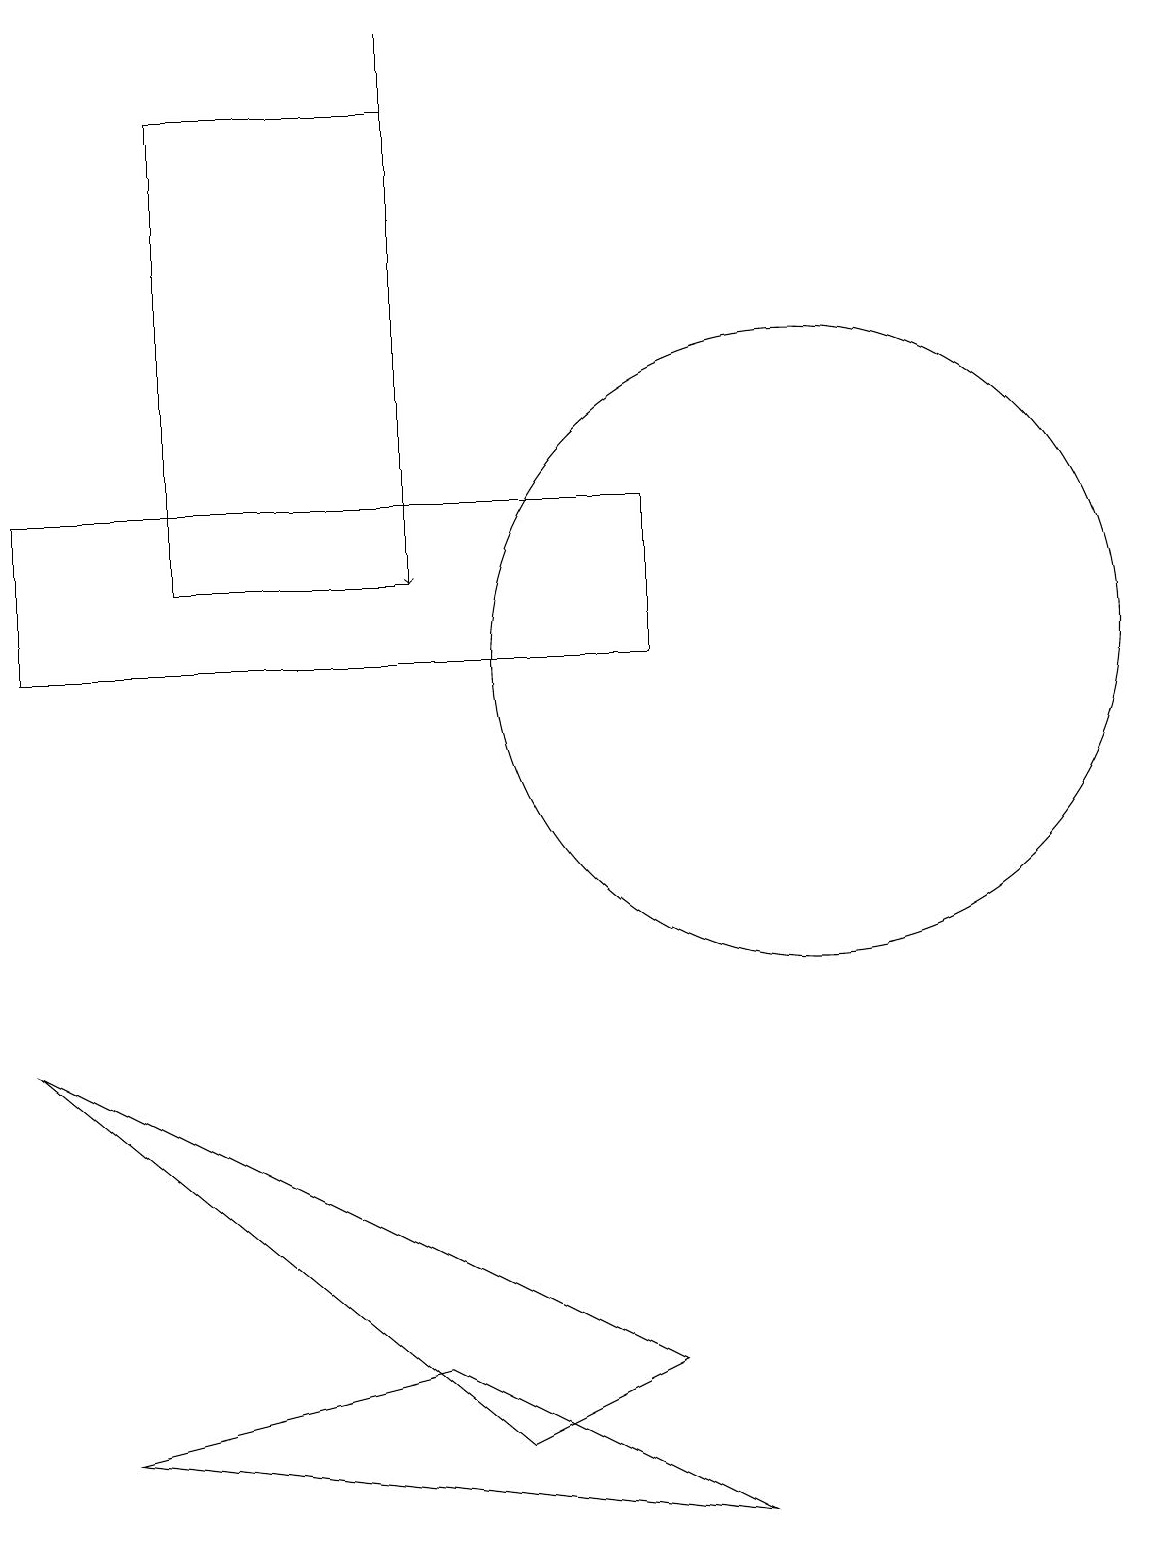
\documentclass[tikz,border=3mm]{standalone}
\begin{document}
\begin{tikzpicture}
\draw (0,11) rectangle (8,13);
\draw[->] (5,19) -- (5,12);
\draw (5,2) -- (9,0) -- (1,1) -- cycle;
\draw (2,18) rectangle (5,12);
\draw (10,11) circle (4);
\draw (6,1) -- (8,2) -- (0,6) -- cycle;
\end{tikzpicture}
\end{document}